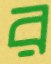
র